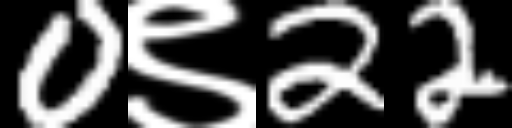
Text: 0९22